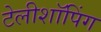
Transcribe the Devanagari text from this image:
टेलीशॉपिंग